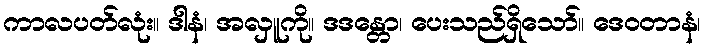
ကာလပတ်လုံး။ ဒါနံ၊ အလှူကို။ ဒဒန္တော၊ ပေးသည်ရှိသော်။ ဒေဝတာနံ၊